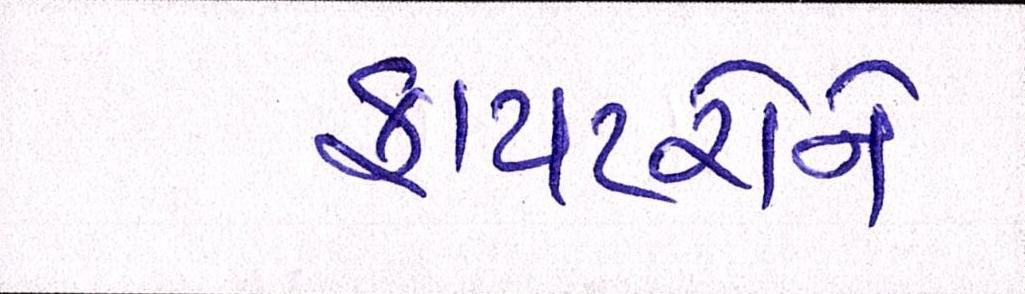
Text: ફાયટરોને